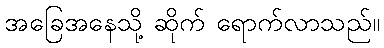
အခြေအနေသို့ ဆိုက် ရောက်လာသည်။